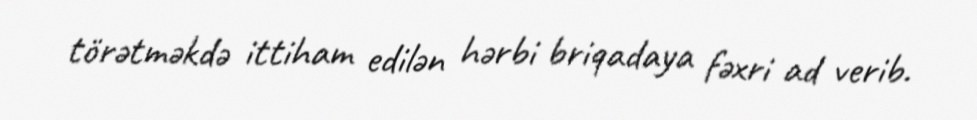
törətməkdə ittiham edilən hərbi briqadaya fəxri ad verib.